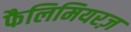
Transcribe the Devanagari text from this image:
फैलिमियरज़